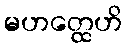
မဟတ္ထေဟိ